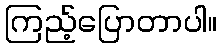
ကြည့်ပြောတာပါ။